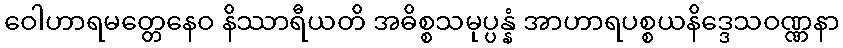
ဝေါဟာရမတ္တေနေဝ နိဿာရီယတိ အဓိစ္စသမုပ္ပန္နံ အာဟာရပစ္စယနိဒ္ဒေသဝဏ္ဏနာ